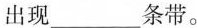
出现___条带。